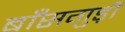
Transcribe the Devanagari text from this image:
बाँसगुड़ी